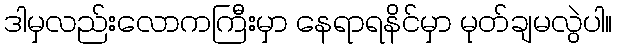
ဒါမှလည်းလောကကြီးမှာ နေရာရနိင်မှာ မုတ်ချမလွဲပါ။